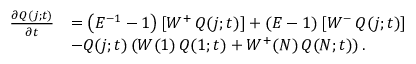
\begin{array} { r l } { \frac { \partial Q ( j ; t ) } { \partial t } } & { = \left( E ^ { - 1 } - 1 \right) \left[ W ^ { + } \thinspace Q ( j ; t ) \right] + \left( E - 1 \right) \left[ W ^ { - } \thinspace Q ( j ; t ) \right] } \\ & { - Q ( j ; t ) \left( W ( 1 ) \thinspace Q ( 1 ; t ) + W ^ { + } ( N ) \thinspace Q ( N ; t ) \right) . } \end{array}